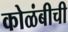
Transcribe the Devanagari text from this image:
कोळंबीची